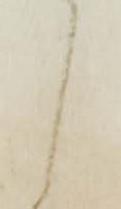
々